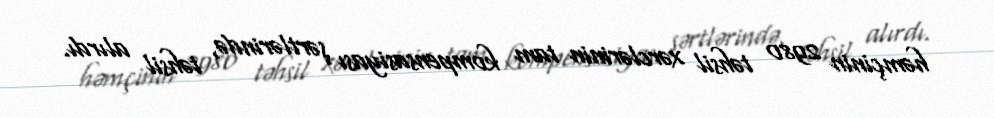
həmçinin 2980 təhsil xərclərinin tam kompensasiyası şərtlərində, təhsil alırdı.